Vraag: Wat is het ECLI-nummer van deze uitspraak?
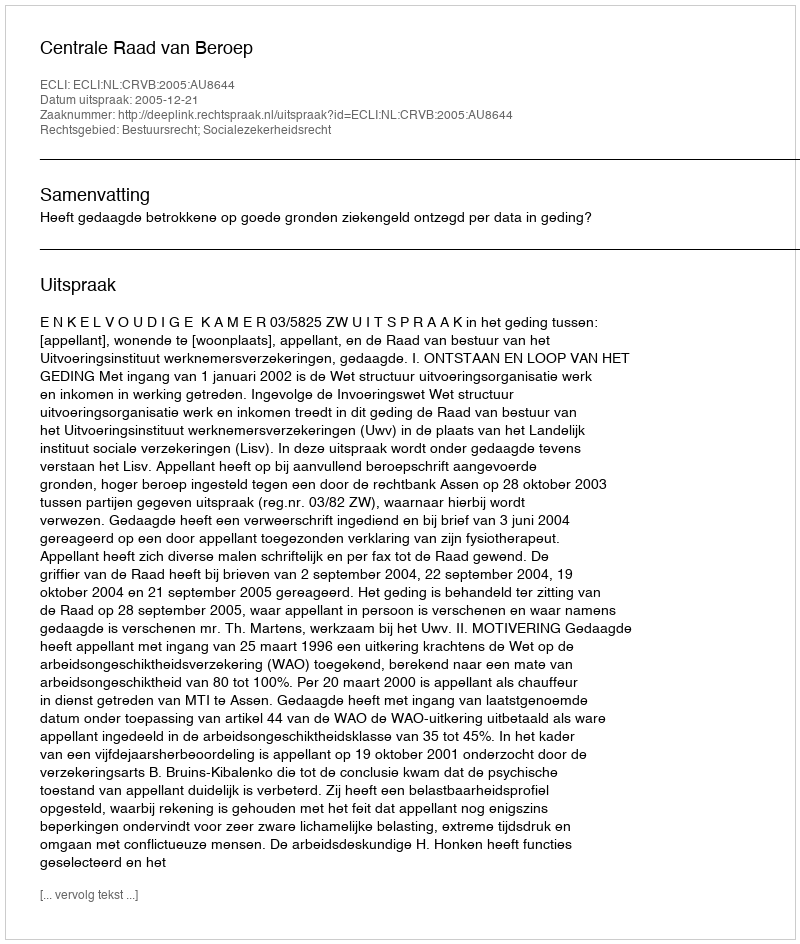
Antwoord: ECLI:NL:CRVB:2005:AU8644